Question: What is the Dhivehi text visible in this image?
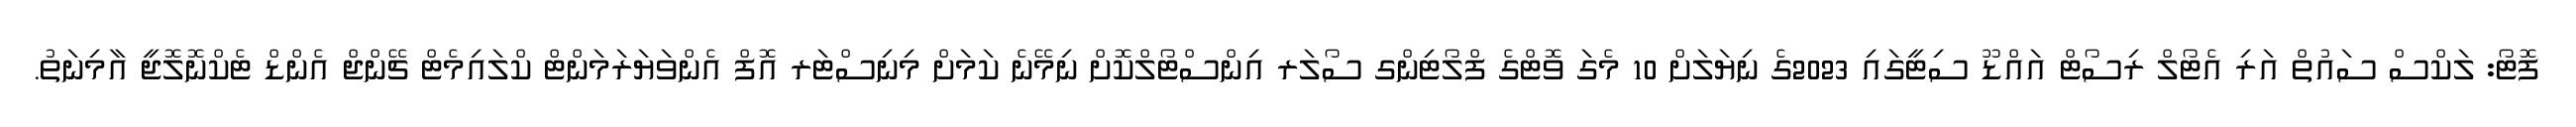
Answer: ފޮޓޯ: ލަކްސް ސައުތް އަރި އެޓޯލް ރިސޯޓް އައްޑޫ ސިޓީގައި 2023ގެ ނިޔަލަށް 10 މެގަ ވޮޓްގެ ފްލޯޓިންގ ސޯލަރ އިންސްޓޯލްކޮށް ނިމޭނެ ކަމަށް މިނިސްޓަރ އޮފް އެންވަޔަރަމަންޓް ކްލައިމެޓް ޗޭންޖް އެންޑް ޓެކްނޮލޮޖީ އާމިނަތު.